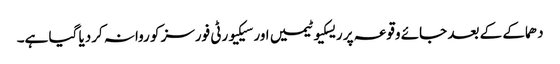
دھماکے کے بعد جائے وقوعہ پر ریسکیو ٹیمیں اور سیکیورٹی فورسز کو روانہ کردیا گیا ہے۔